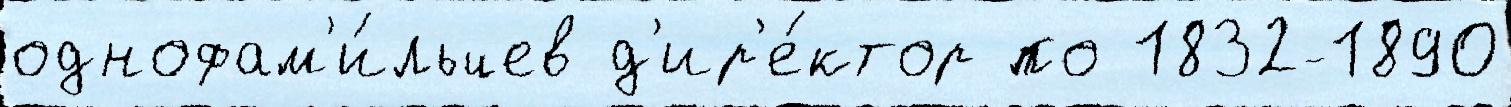
однофам'и́льцев д'ир'е́ктор по 1832-1890